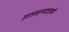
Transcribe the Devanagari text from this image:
हाताळण्याइतकी